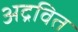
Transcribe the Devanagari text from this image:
अद्रवित